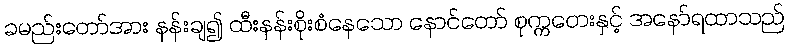
ခမည်းတော်အား နန်းချ၍ ထီးနန်းစိုးစံနေသော နောင်တော် စုက္ကတေးနှင့် အနော်ရထာသည်